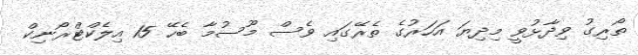
ތޯރިގު ވިދާޅުވީ މިދިޔަ އަހަރުގެ ތެރޭގައި ވެސް މޫސުމާ ބެހޭ 15 އިލެކްޓްރޯނިކް